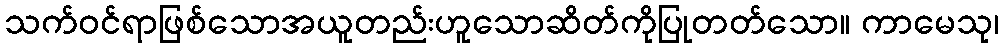
သက်ဝင်ရာဖြစ်သောအယူတည်းဟူသောဆိတ်ကိုပြုတတ်သော။ ကာမေသု၊